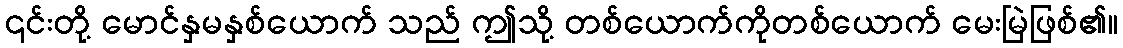
၎င်းတို့ မောင်နှမနှစ်ယောက် သည် ဤသို့ တစ်ယောက်ကိုတစ်ယောက် မေးမြဲဖြစ်၏။